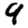
Digit: 9